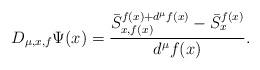
LaTeX: \begin{align*}D_{\mu,x,f}\Psi(x)= \frac{\mbox{$\bar{S}^{f(x) +d^{\mu}f(x)}_{x,f(x)}- \bar{S}^{f(x)}_{x}$}}{\mbox{$d^{\mu}f(x)$}}.\end{align*}